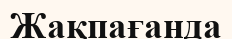
Жақпағанда